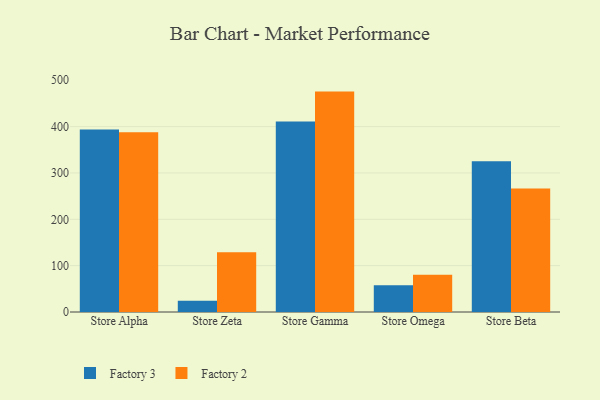
{"axis": {"x": "Store", "y": "Population (Million)"}, "legend": ["Factory 2", "Factory 3"], "data": [{"x": "Store Alpha", "y": 393.6, "type": "Factory 3"}, {"x": "Store Alpha", "y": 387.8, "type": "Factory 2"}, {"x": "Store Zeta", "y": 24.1, "type": "Factory 3"}, {"x": "Store Zeta", "y": 129.0, "type": "Factory 2"}, {"x": "Store Gamma", "y": 411.0, "type": "Factory 3"}, {"x": "Store Gamma", "y": 475.5, "type": "Factory 2"}, {"x": "Store Omega", "y": 57.6, "type": "Factory 3"}, {"x": "Store Omega", "y": 80.2, "type": "Factory 2"}, {"x": "Store Beta", "y": 325.5, "type": "Factory 3"}, {"x": "Store Beta", "y": 266.5, "type": "Factory 2"}]}